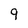
Character: 9